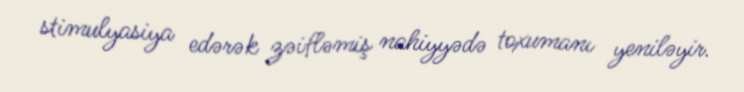
stimulyasiya edərək zəifləmiş nahiyyədə toxumanı yeniləyir.